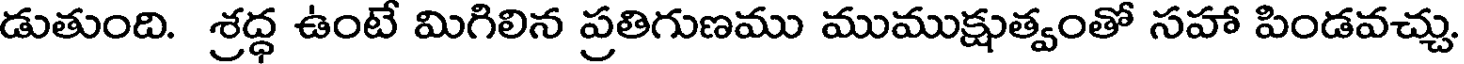
డుతుంది. శ్రద్ధ ఉంటే మిగిలిన ప్రతిగుణము ముముక్షుత్వంతో సహా పిండవచ్చు